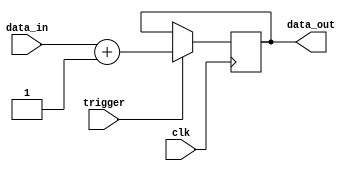
module Generate_Task(
  input clk,
  input trigger,
  input [7:0] data_in,
  output [7:0] data_out
);

reg [7:0] internal_data;

always @(posedge clk) begin
  if(trigger) begin
    // Task generation logic
    internal_data <= data_in + 1;
  end
end

assign data_out = internal_data;

endmodule